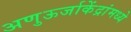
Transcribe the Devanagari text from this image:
अणुऊर्जाकेंद्रांमध्ये